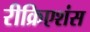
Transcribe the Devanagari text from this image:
रीक्रिएशंस